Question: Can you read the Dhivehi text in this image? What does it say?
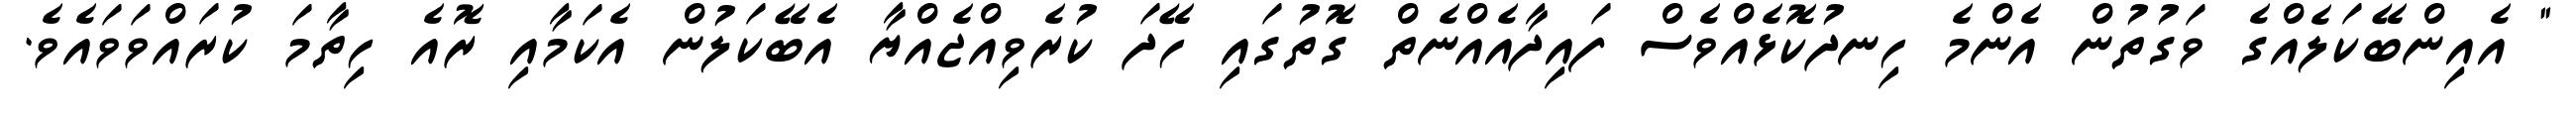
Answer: " އެއިންބޭކަލެއްގެ ވަގުތުން އެންމެ ހިނދުކޮޅެއްވެސް ފައިދާއެއްނެތް ގޮތުގައި ހޭދަ ކުރެވިއްޖެއްޔާ އެބޭކަލުން އެކަމާއި ރޮއެ ހިތާމަ ކުރައްވަވައެވެ.